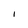
Character: I